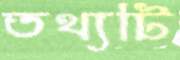
তথ্যটি